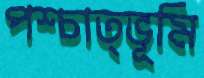
পশ্চাত্ভূমি